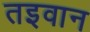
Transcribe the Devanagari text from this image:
तइवान